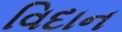
વિદાન